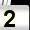
Digit: 2